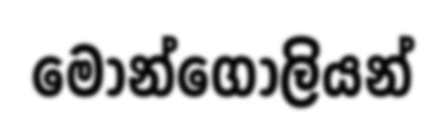
මොන්ගෝලියන්